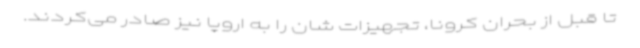
تا قبل از بحران کرونا، تجهیزات شان را به اروپا نیز صادر می‌کردند.